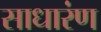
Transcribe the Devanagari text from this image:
साधारंण